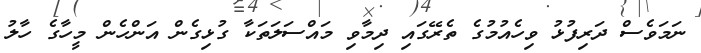
ނަމަވެސް ދަރިފުޅު ވިހެއުމުގެ ތެރޭގައި ދިމާވި މައްސަލަތަކާ ގުޅިގެން އަންހެން މީހާގެ ހާލު